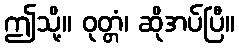
ဤသို့။ ဝုတ္တံ၊ ဆိုအပ်ပြီ။